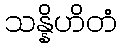
သန္နိဟိတံ